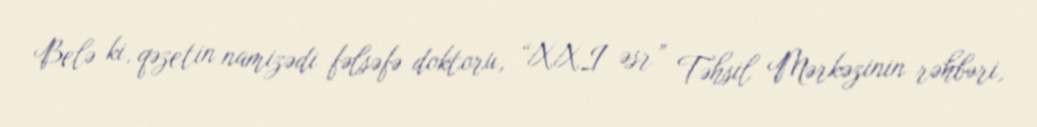
Belə ki, qəzetin namizədi fəlsəfə doktoru, “XXI əsr” Təhsil Mərkəzinin rəhbəri,